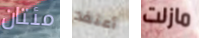
مئتان أعتقد مازلت